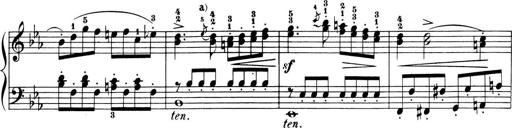
Title: 6 Piano Sonatinas
Composer: Cornelius Gurlitt